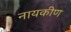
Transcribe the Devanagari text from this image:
नायकीण